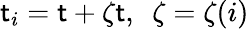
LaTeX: \mathsf{t}_{i}=\mathsf{t}+\zeta\mathsf{t},\, \, \, \zeta=\zeta(i)